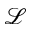
\mathcal { L }